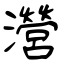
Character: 瀯